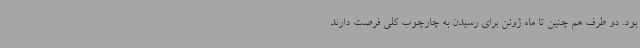
بود. دو طرف هم چنین تا ماه ژوئن برای رسیدن به چارچوب کلی فرصت دارند